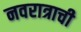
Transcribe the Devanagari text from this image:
नवरात्राची